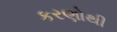
કરણોથી